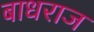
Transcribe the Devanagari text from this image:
बाधराज